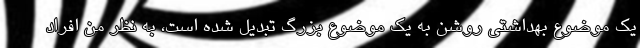
یک موضوع بهداشتی روشن به یک موضوع بزرگ تبدیل شده است، به نظر من افراد